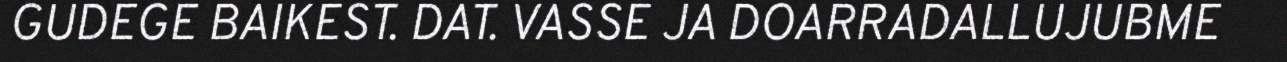
GUDEGE BAIKEST. DAT. VASSE JA DOARRADALLUJUBME